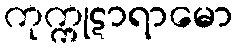
ကုက္ကုဋာရာမော